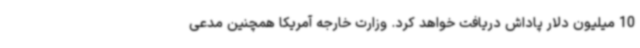
10 میلیون دلار پاداش دریافت خواهد کرد. وزارت خارجه آمریکا همچنین مدعی